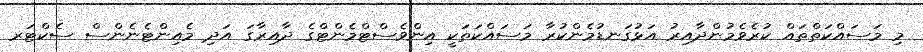
މި މަސައްކަތްތައް ކުރެވެމުންދާއިރު އަޅުގަނޑުމެންކުރާ މަސައްކަތަކީ އިންވެސްޓްމެންޓްގެ ދާއިރާގަ އަދި މެއިންޓެނެންސް ސެކްޓަރ